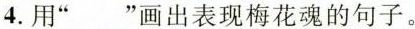
4. 用“﹏”画出表现梅花魂的句子。